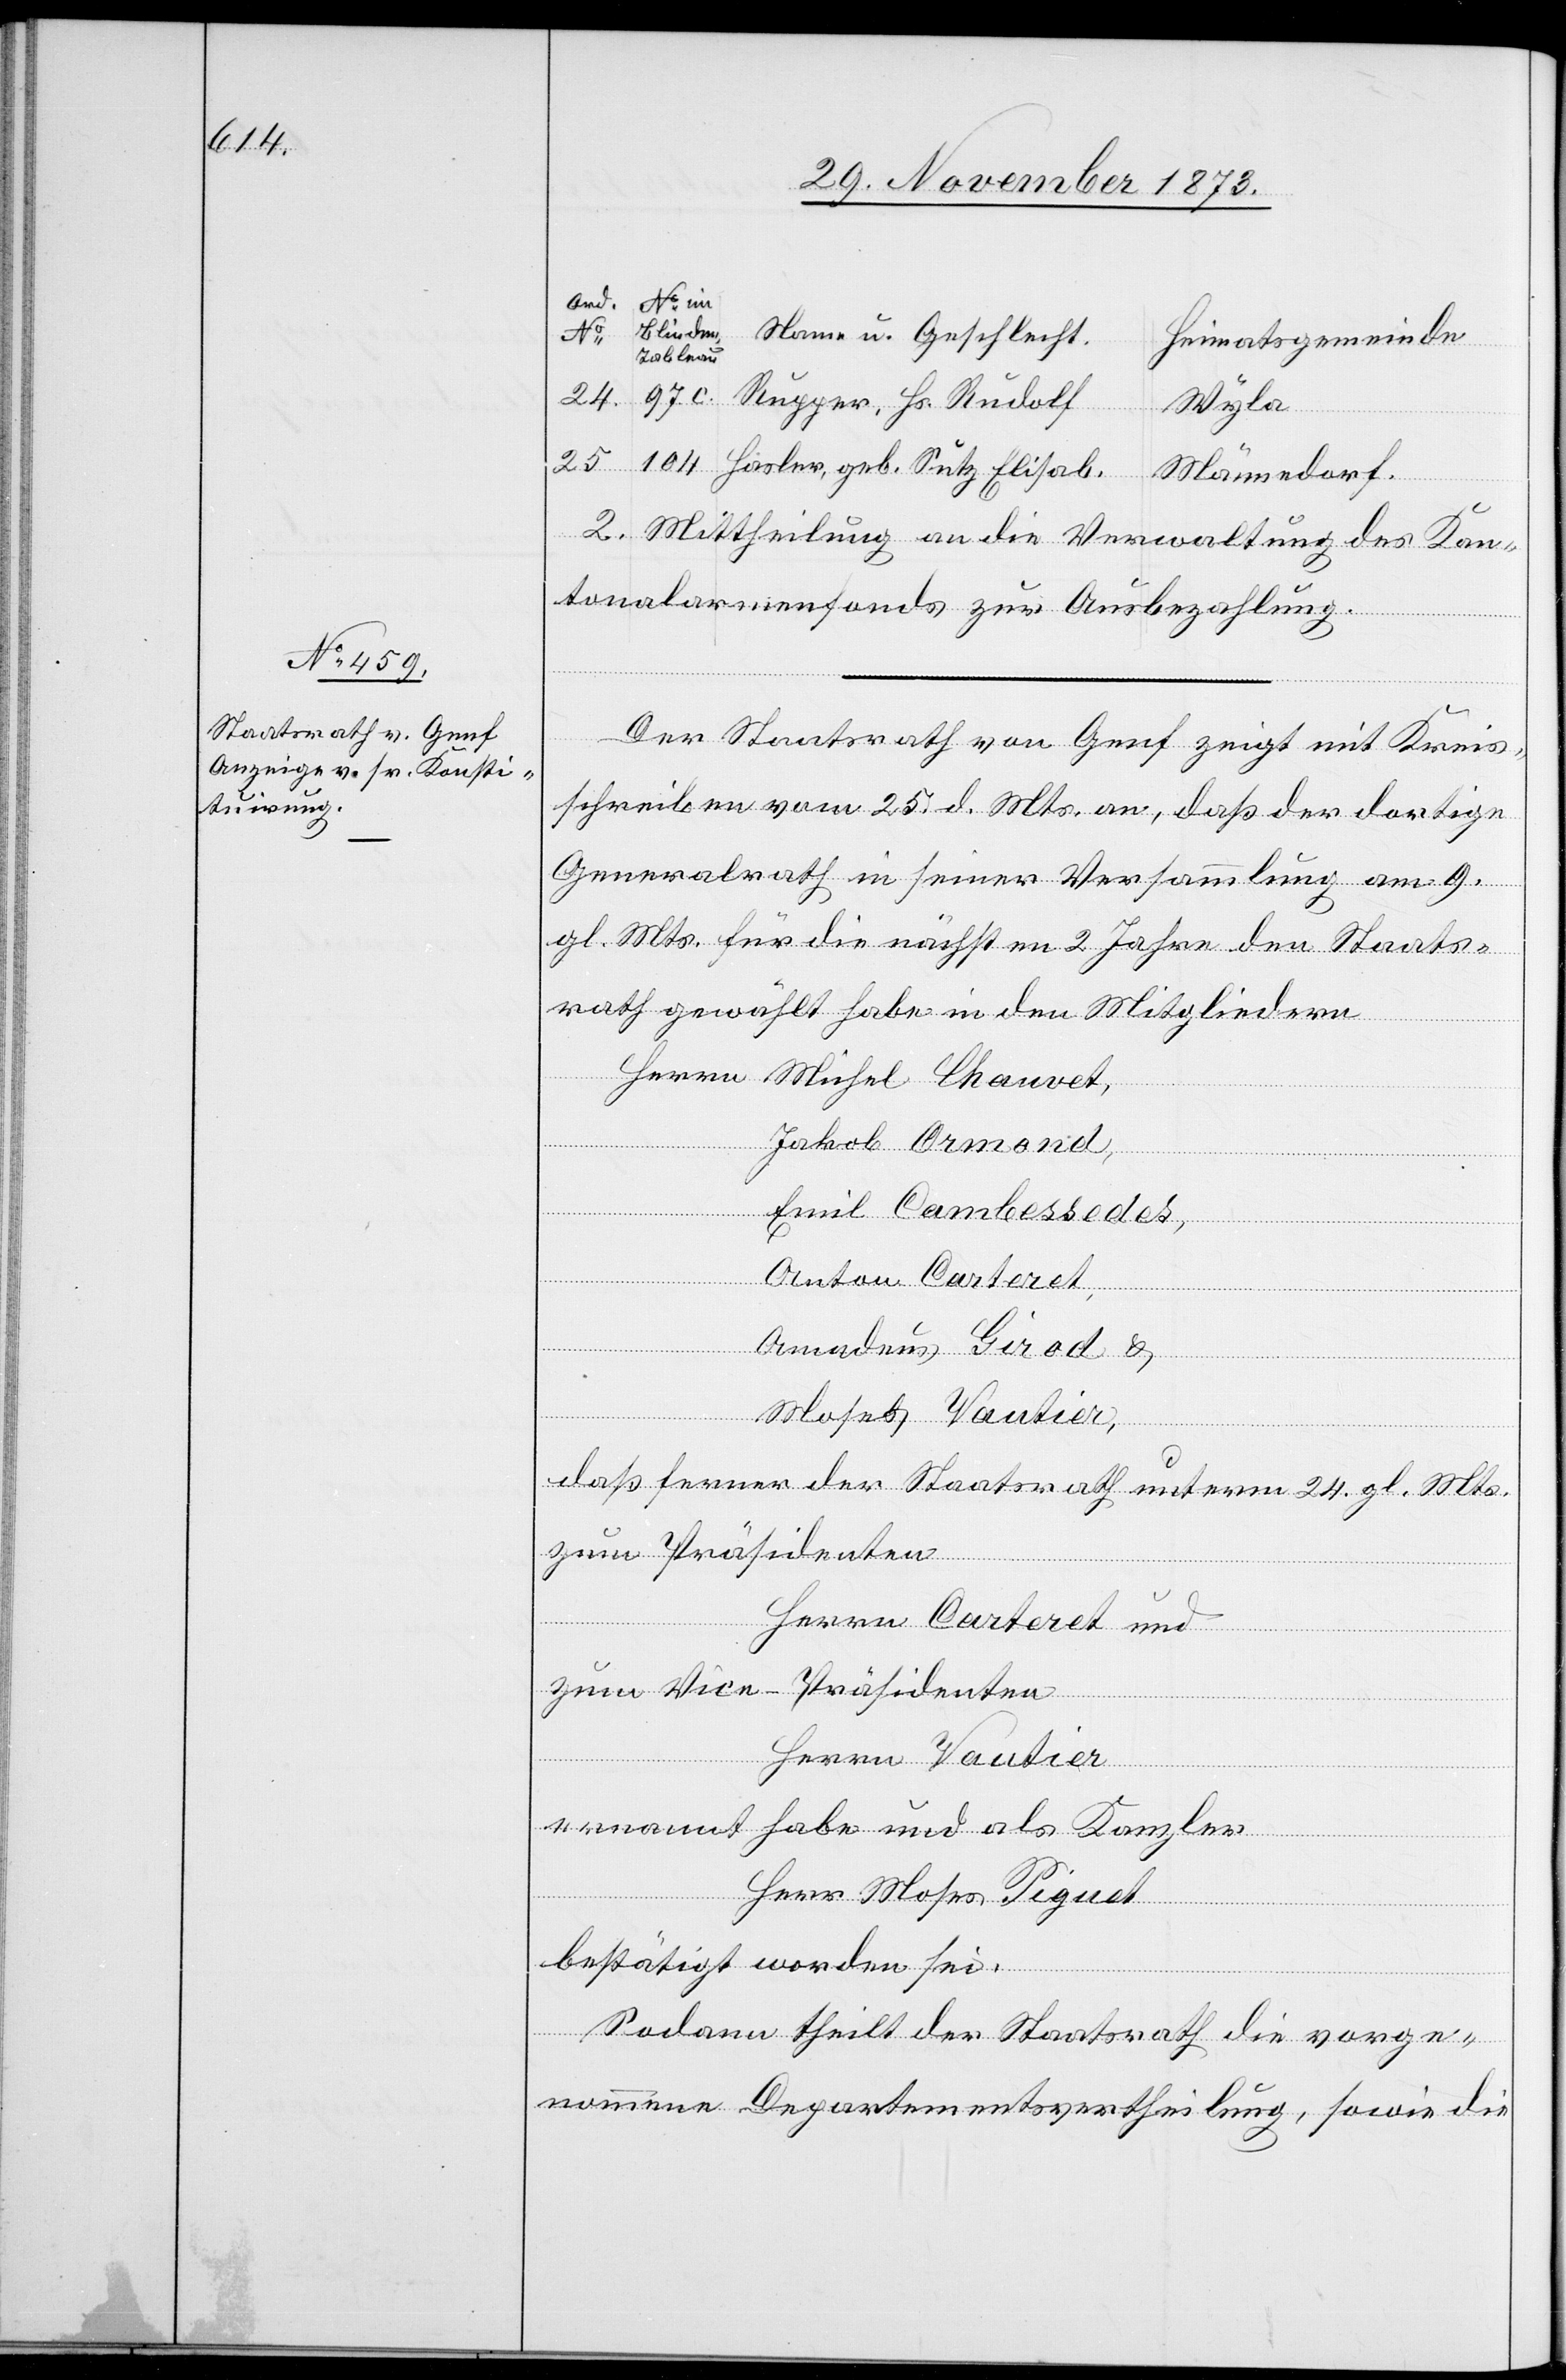
97 c.
24.
Rupper, Hs. Rudolf
Wyla
Hasler, geb. Sutz Elisab.
Männedorf
2. Mittheilung an die Verwaltung des Kan¬
tonalarmenfonds zur Ausbezahlung.
Der Staatsrath von Genf zeigt mit Kreis¬
schreiben vom 25. d. Mts. an, daß der dortige
Generalrath in seiner Versammlung am 9.
gl. Mts. für die nächsten 2 Jahre den Staats¬
rath gewählt habe in den Mitgliedern
Herrn Michel Chauvet,
Jakob Armond,
Emil Cambessedes,
Anton Carteret,
25.
Amadeus Girod &
Moses Vautier,
daß ferner der Staatsrath unterm 24. gl. Mts.
zum Präsidenten
Herrn Carteret und
zum Vice-Präsidenten
Herrn Vautier
ernannt habe und als Kanzler
Herr Moses Piquet
bestätigt worden sei.
Sodann theilt der Staatsrath die vorge¬
nommene Departementsvertheilung, sowie die